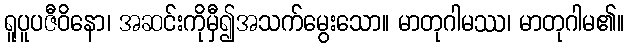
ရူပူပဇီဝိနော၊ အဆင်းကိုမှီ၍အသက်မွေးသော။ မာတုဂါမဿ၊ မာတုဂါမ၏။